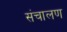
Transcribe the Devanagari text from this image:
संचालण